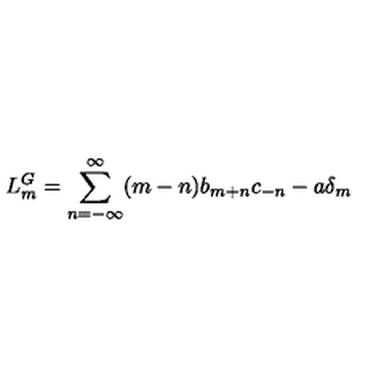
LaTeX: L _ { m } ^ { G } = \sum _ { n = - \infty } ^ { \infty } ( m - n ) b _ { m + n } c _ { - n } - a \delta _ { m }